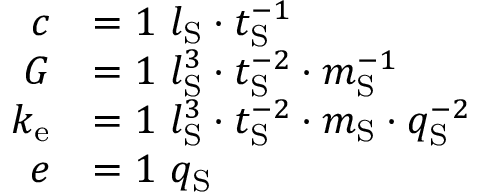
{ \begin{array} { r l } { c } & { = 1 \ l _ { \mathrm { S } } \cdot t _ { \mathrm { S } } ^ { - 1 } } \\ { G } & { = 1 \ l _ { \mathrm { S } } ^ { 3 } \cdot t _ { \mathrm { S } } ^ { - 2 } \cdot m _ { \mathrm { S } } ^ { - 1 } } \\ { k _ { \mathrm { e } } } & { = 1 \ l _ { \mathrm { S } } ^ { 3 } \cdot t _ { \mathrm { S } } ^ { - 2 } \cdot m _ { \mathrm { S } } \cdot q _ { \mathrm { S } } ^ { - 2 } } \\ { e } & { = 1 \ q _ { \mathrm { S } } } \end{array} }